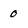
Character: 0